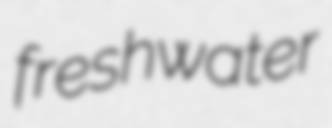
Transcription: freshwater